Plague in India, 1896, 1897 - Volume 1
Year: 1896
Disease focus: Plague
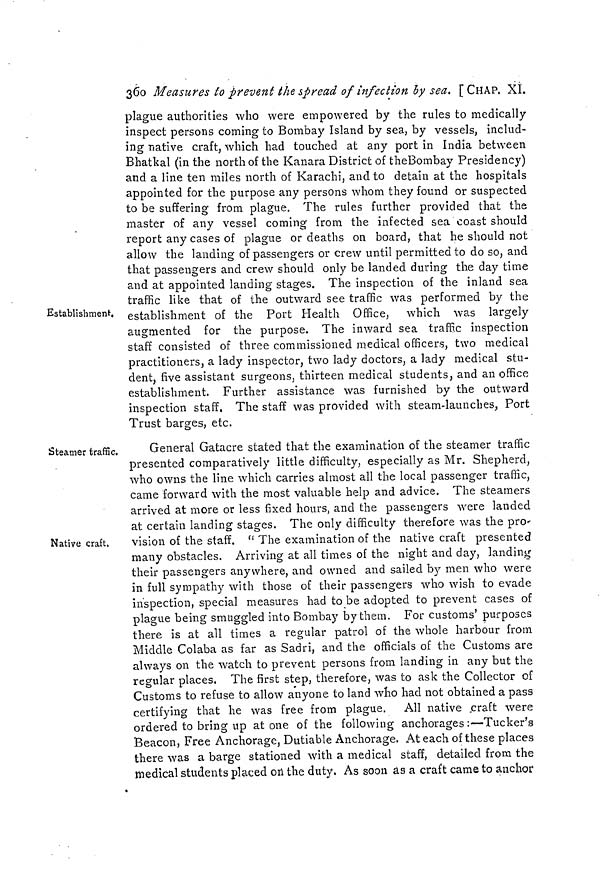
360 Measures to prevent the spread of infection by sea. [CHAP. XI.
Establishment.
plague authorities who were empowered by the rules to medically
inspect persons coming to Bombay Island by sea, by vessels, includ-
ing native craft, which had touched at any port in India between
Bhatkal (in the north of the Kanara District of the Bombay Presidency)
and a line ten miles north of Karachi, and to detain at the hospitals
appointed for the purpose any persons whom they found or suspected
to be suffering from plague. The rules further provided that the
master of any vessel coming from the infected sea coast should
report any cases of plague or deaths on board, that he should not
allow the landing of passengers or crew until permitted to do so, and
that passengers and crew should only be landed during the day time
and at appointed landing stages. The inspection of the inland sea
traffic like that of the outward see traffic was performed by the
establishment of the Port Health Office, which was largely
augmented for the purpose. The inward sea traffic inspection
staff consisted of three commissioned medical officers, two medical
practitioners, a lady inspector, two lady doctors, a lady medical stu-
dent, five assistant surgeons, thirteen medical students, and an office
establishment. Further assistance was furnished by the outward
inspection staff, The staff was provided with steam-launches, Port
Trust bargres, etc.
Steamer traffic.
Native craft.
General Gatacre stated that the examination of the steamer traffic
presented comparatively little difficulty, especially as Mr. Shepherd,
who owns the line which carries almost all the local passenger traffic,
came forward with the most valuable help and advice. The steamers
arrived at more or less fixed hours, and the passengers were landed
at certain landing stages. The only difficulty therefore was the pro-
vision of the staff. " The examination of the native craft presented
many obstacles. Arriving at all times of the night and day, landing
their passengers anywhere, and owned and sailed by men who were
in full sympathy with those of their passengers who wish to evade
inspection, special measures had to be adopted to prevent cases of
plague being smuggled into Bombay by them. For customs' purposes
there is at all times a regular patrol of the whole harbour from
Middle Colaba as far as Sadri, and the officials of the Customs are
always on the watch to prevent persons from landing in any but the
regular places. The first step, therefore, was to ask the Collector of
Customs to refuse to allow anyone to land who had not obtained a pass
certifying that he was free from plague. All native craft were
ordered to bring up at one of the following anchorages :—Tucker's
Beacon, Free Anchorage, Dutiable Anchorage. At each of these places
there was a barge stationed with a medical staff, detailed from the
medical students placed on the duty. As soon as a craft came to anchor